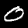
Label: 0